Civil Veterinary Department Bengal reports 1933-51 - 1933-1951
Year: 1933
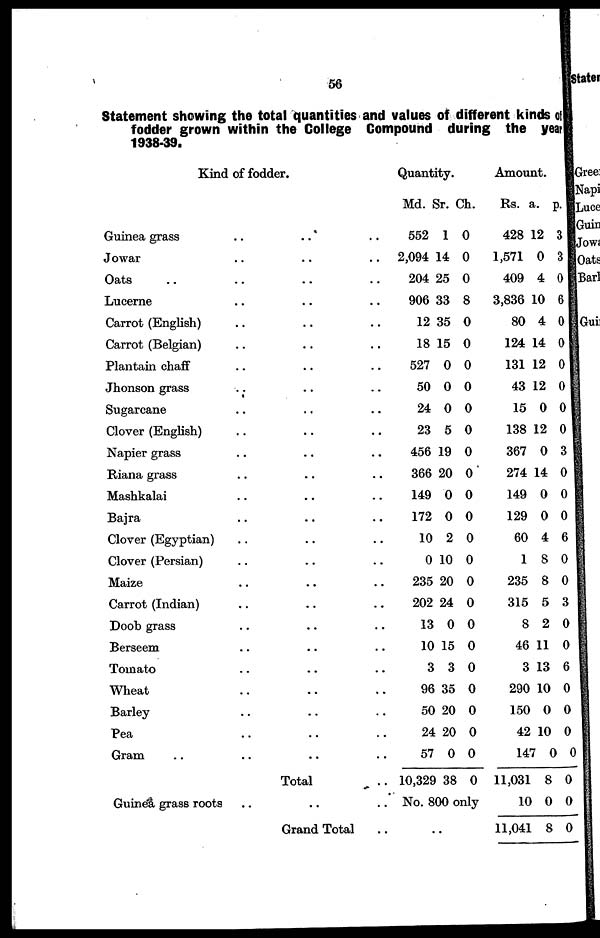
56
Statement showing the total quantities and values of different kinds of
fodder grown within the College Compound during the year
1938-39.
Kind of fodder.
Guinea grass ..
..
..
Jowar ......
Oats .. .... ..
Lucerne .... ..
Carrot (English) .. .. ..
Carrot (Belgian) .. ....
Plantain chaff .... ..
Jhonson grass ......
Sugarcane ......
Clover (English) ......
Napier grass ......
Riana grass ......
Mashkalai ......
Bajra ......
Clover (Egyptian) .... ..
Clover (Persian) ......
Maize .. .. ..
Carrot (Indian) .. .. ..
Doob grass ......
Berseem ......
Tomato ......
Wheat ......
Barley ......
Pea ......
Gram ........
Total
..
Guinea grass roots ......
Grand Total ..
Quantity.
Md.
552
2,094
204
906
12
18
527
50
24
23
456
366
149
172
10
0
235
202
13
10
3
96
50
24
57
10,329
Sr.
1
14
25
33
35
15
0
0
0
5
19
20
0
0
2
10
20
24
0
15
3
35
20
20
0
38
Ch.
0
0
0
8
0
0
0
0
0
0
0
0
0
0
0
0
0
0
0
0
0
0
0
0
0
0
No. 800 only
..
Amount.
Rs.
428
1,571
409
3,836
80
124
131
43
15
138
367
274
149
129
60
1
235
315
8
46
3
290
150
42
14
11,031
10
11,041
a.
12
0
4
10
4
14
12
12
0
12
0
14
0
0
4
8
8
5
2
11
13
10
0
10
7 0
8
0
8
p.
3
3
0
6
0
0
0
0
0
0
3
0
0
0
6
0
0
3
0
0
6
0
0
0
0
0
0
0